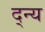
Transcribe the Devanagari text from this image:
द्न्य